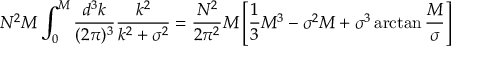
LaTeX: N ^ { 2 } M \int _ { 0 } ^ { M } { \frac { d ^ { 3 } k } { ( 2 \pi ) ^ { 3 } } } { \frac { k ^ { 2 } } { k ^ { 2 } + \sigma ^ { 2 } } } = { \frac { N ^ { 2 } } { 2 \pi ^ { 2 } } } M \left[ { \frac { 1 } { 3 } } M ^ { 3 } - \sigma ^ { 2 } M + \sigma ^ { 3 } \arctan { \frac { M } { \sigma } } \right]